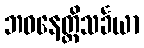
ဘဝနေတ္တိသင်္ခယာ